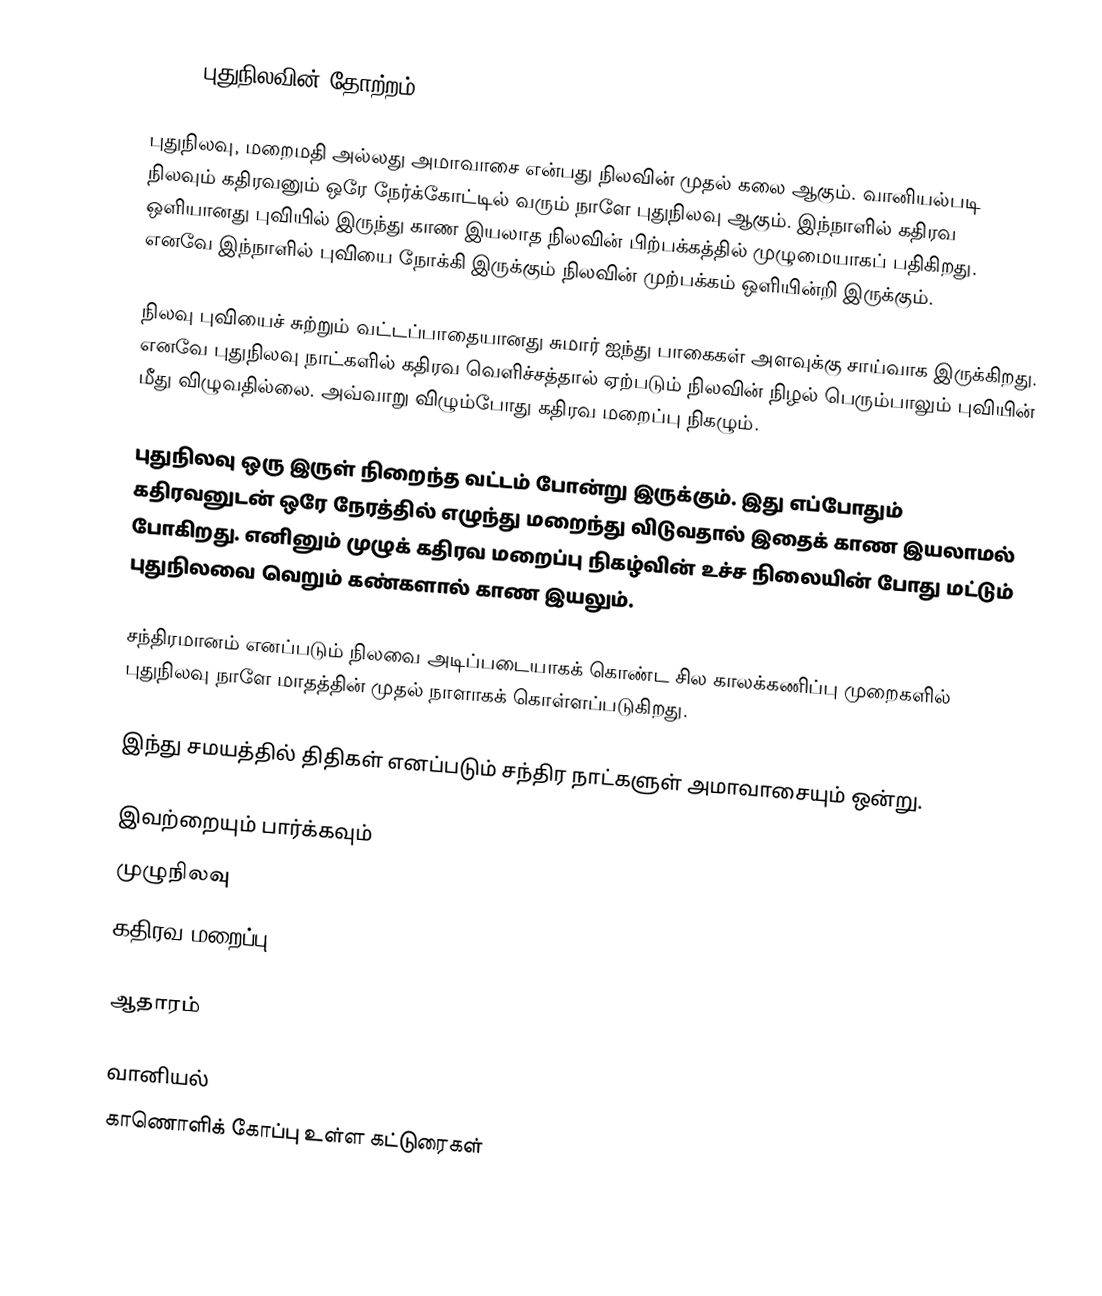
190px|புதுநிலவின் தோற்றம்|thumb|right

புதுநிலவு, மறைமதி அல்லது அமாவாசை என்பது நிலவின் முதல் கலை ஆகும். வானியல்படி நிலவும் கதிரவனும் ஒரே நேர்க்கோட்டில் வரும் நாளே புதுநிலவு ஆகும். இந்நாளில் கதிரவ ஒளியானது புவியில் இருந்து காண இயலாத நிலவின் பிற்பக்கத்தில் முழுமையாகப் பதிகிறது. எனவே இந்நாளில் புவியை நோக்கி இருக்கும் நிலவின் முற்பக்கம் ஒளியின்றி இருக்கும்.

நிலவு புவியைச் சுற்றும் வட்டப்பாதையானது சுமார் ஐந்து பாகைகள் அளவுக்கு சாய்வாக இருக்கிறது. எனவே புதுநிலவு நாட்களில் கதிரவ வெளிச்சத்தால் ஏற்படும் நிலவின் நிழல் பெரும்பாலும் புவியின் மீது விழுவதில்லை. அவ்வாறு விழும்போது கதிரவ மறைப்பு நிகழும்.

புதுநிலவு ஒரு இருள் நிறைந்த வட்டம் போன்று இருக்கும். இது எப்போதும் கதிரவனுடன் ஒரே நேரத்தில் எழுந்து மறைந்து விடுவதால் இதைக் காண இயலாமல் போகிறது. எனினும் முழுக் கதிரவ மறைப்பு நிகழ்வின் உச்ச நிலையின் போது மட்டும் புதுநிலவை வெறும் கண்களால் காண இயலும்.

சந்திரமானம் எனப்படும் நிலவை அடிப்படையாகக் கொண்ட சில காலக்கணிப்பு முறைகளில் புதுநிலவு நாளே மாதத்தின் முதல் நாளாகக் கொள்ளப்படுகிறது.

இந்து சமயத்தில் திதிகள் எனப்படும் சந்திர நாட்களுள் அமாவாசையும் ஒன்று.

இவற்றையும் பார்க்கவும்
முழுநிலவு
கதிரவ மறைப்பு

ஆதாரம்

வானியல்
காணொளிக் கோப்பு உள்ள கட்டுரைகள்